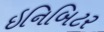
ઇનિબિટર